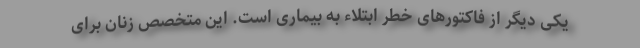
یکی دیگر از فاکتورهای خطر ابتلاء به بیماری است. این متخصص زنان برای